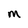
Character: M